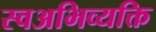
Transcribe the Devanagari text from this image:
स्वअभिव्यक्ति